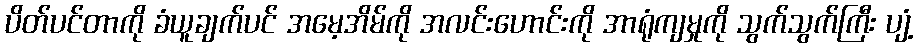
ပိတ်ပင်တာကို ခံယူချက်ပင် အမေ့အိမ်ကို အလင်းဟောင်းကို အာရုံကျမှုကို သွက်သွက်ကြီး ပျံ့